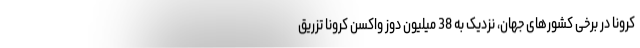
کرونا در برخی کشورهای جهان، نزدیک به 38 میلیون دوز واکسن کرونا تزریق